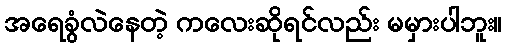
အရေခွံလဲနေတဲ့ ကလေးဆိုရင်လည်း မမှားပါဘူး။